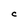
Character: C